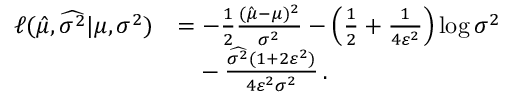
\begin{array} { r l } { \ell ( \hat { \mu } , \widehat { \sigma ^ { 2 } } | \mu , \sigma ^ { 2 } ) } & { = - \frac { 1 } { 2 } \frac { ( \hat { \mu } - \mu ) ^ { 2 } } { \sigma ^ { 2 } } - \left( \frac { 1 } { 2 } + \frac { 1 } { 4 \varepsilon ^ { 2 } } \right) \log { \sigma ^ { 2 } } } \\ & { \phantom { { = } } - \frac { \widehat { \sigma ^ { 2 } } ( 1 + 2 \varepsilon ^ { 2 } ) } { 4 \varepsilon ^ { 2 } \sigma ^ { 2 } } \, . } \end{array}